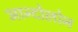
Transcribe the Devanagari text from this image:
आन्दोलोन